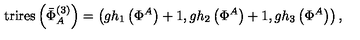
\mathrm { t r i r e s } \left( \bar { \Phi } _ { A } ^ { ( 3 ) } \right) = \left( g h _ { 1 } \left( \Phi ^ { A } \right) + 1 , g h _ { 2 } \left( \Phi ^ { A } \right) + 1 , g h _ { 3 } \left( \Phi ^ { A } \right) \right) ,